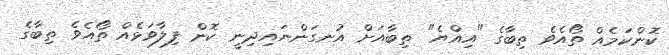
ކޮންކަމެއް ތޯއެވެ ތިބާގެ "އިއްޔެ" ތިބާއަށް އުނގަންނައިދިނީ ކޮން ފިލާވަޅެއް ތޯއެވެ ތިބާގެ